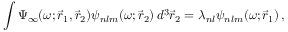
\int \Psi _ { \infty } ( \omega ; \vec { r } _ { 1 } , \vec { r } _ { 2 } ) \psi _ { n l m } ( \omega ; \vec { r } _ { 2 } ) \, d ^ { 3 } \vec { r } _ { 2 } = \lambda _ { n l } \psi _ { n l m } ( \omega ; \vec { r } _ { 1 } ) \, ,